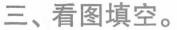
三、看图填空。